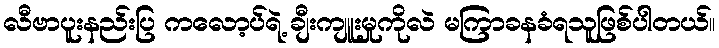
လီဗာပူးနည်းပြ ကလော့ပ်ရဲ့ ချီးကျူးမှုကိုလဲ မကြာခနခံရသူဖြစ်ပါတယ်။